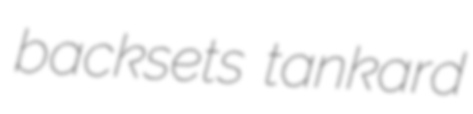
backsets tankard